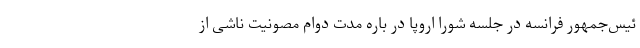
ئیس‌جمهور فرانسه در جلسه شورا اروپا در باره مدت دوام مصونیت ناشی از